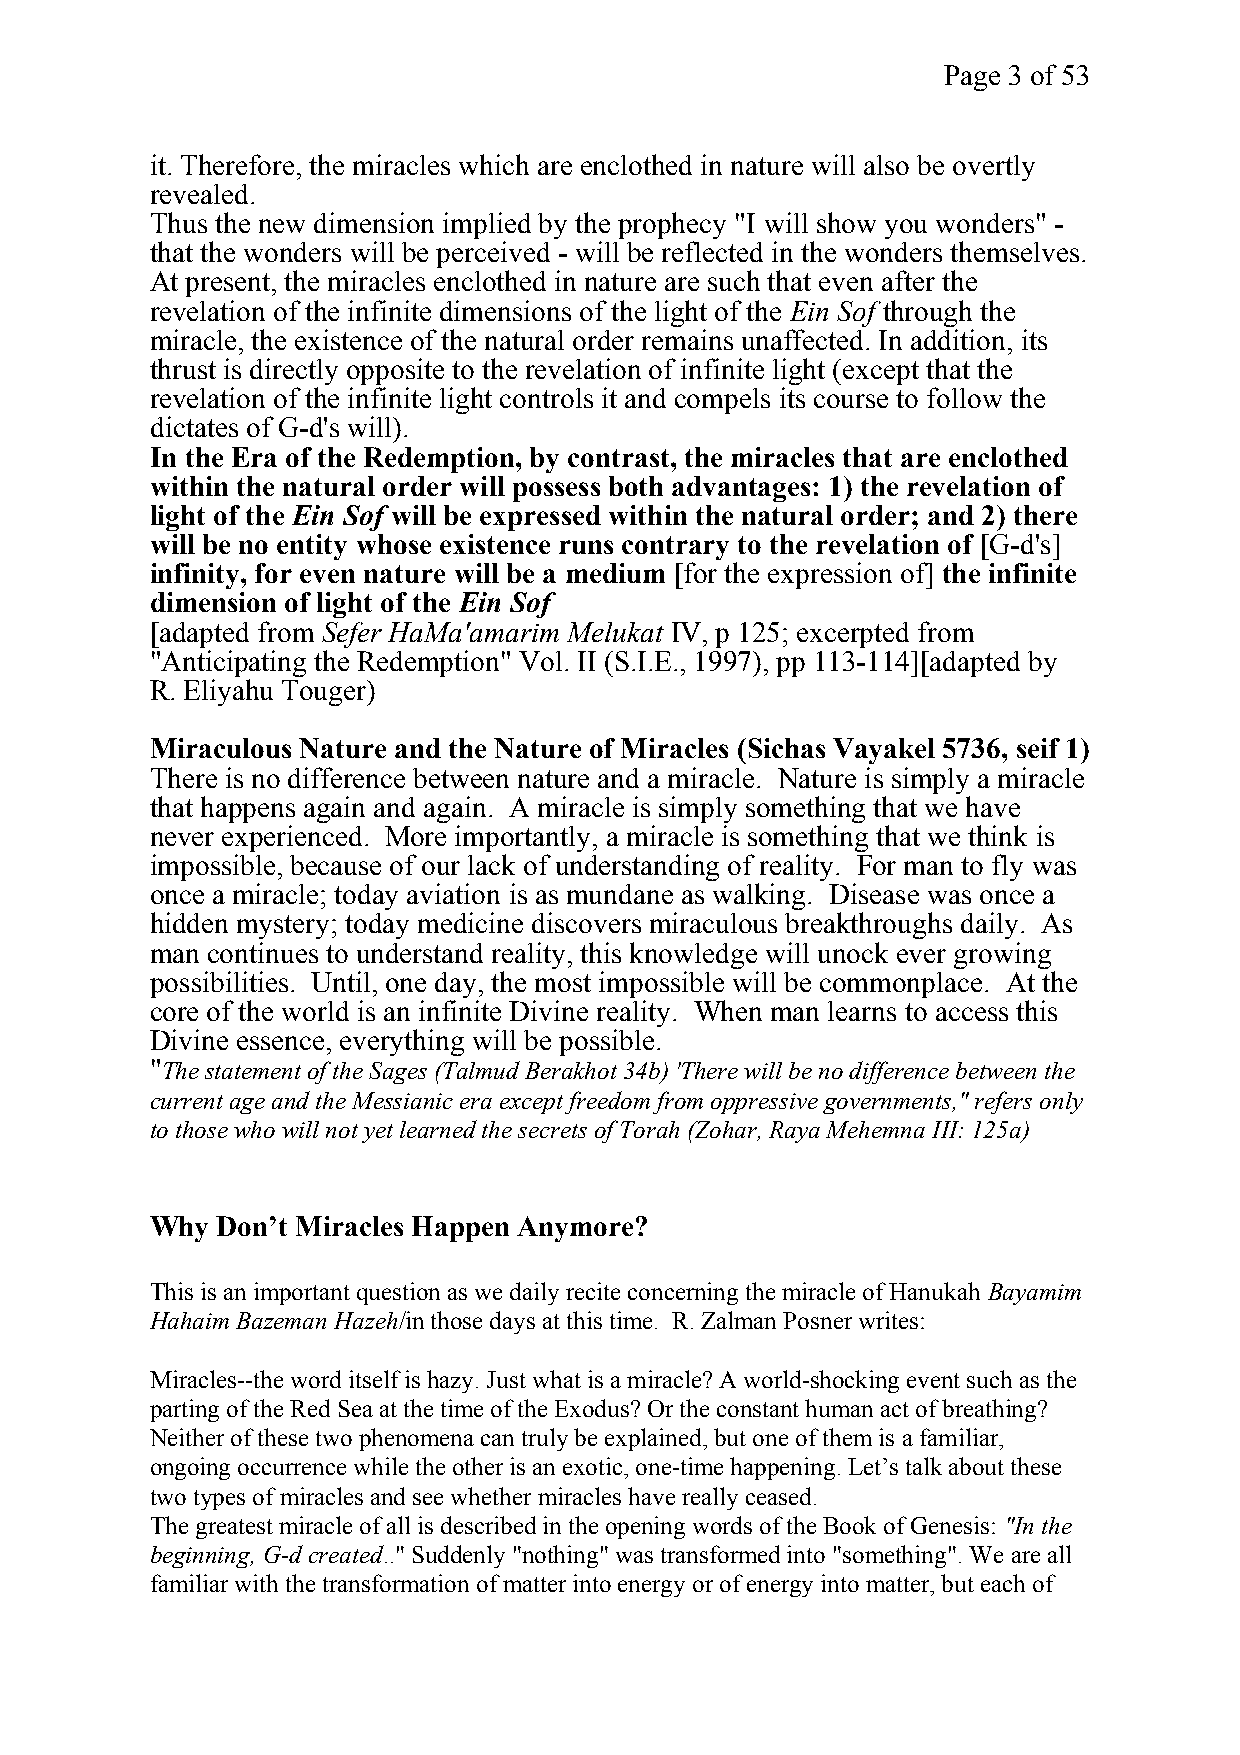
Page 3 of 53
 it. Therefore, the miracles which are enclothed in nature will also be overtly
 revealed.
 Thus the new dimension implied by the prophecy "I will show you wonders" -
 that the wonders will be perceived - will be reflected in the wonders themselves.
 At present, the miracles enclothed in nature are such that even after the
 revelation of the infinite dimensions of the light of the Ein Sof through the
 miracle, the existence of the natural order remains unaffected. In addition, its
 thrust is directly opposite to the revelation of infinite light (except that the
 revelation of the infinite light controls it and compels its course to follow the
 dictates of G-d's will).
 In the Era of the Redemption, by contrast, the miracles that are enclothed
 within the natural order will possess both advantages: 1) the revelation of
 light of the Ein Sof will be expressed within the natural order; and 2) there
 will be no entity whose existence runs contrary to the revelation of [G-d's]
 infinity, for even nature will be a medium [for the expression of] the infinite
 dimension of light of the Ein Sof
 [adapted from Sefer HaMa'amarim Melukat IV, p 125; excerpted from
 "Anticipating the Redemption" Vol. II (S.I.E., 1997), pp 113-114][adapted by
 R. Eliyahu Touger)
 Miraculous Nature and the Nature of Miracles (Sichas Vayakel 5736, seif 1)
 There is no difference between nature and a miracle. Nature is simply a miracle
 that happens again and again. A miracle is simply something that we have
 never experienced. More importantly, a miracle is something that we think is
 impossible, because of our lack of understanding of reality. For man to fly was
 once a miracle; today aviation is as mundane as walking. Disease was once a
 hidden mystery; today medicine discovers miraculous breakthroughs daily. As
 man continues to understand reality, this knowledge will unock ever growing
 possibilities. Until, one day, the most impossible will be commonplace. At the
 core of the world is an infinite Divine reality. When man learns to access this
 Divine essence, everything will be possible.
 "The statement of the Sages (Talmud Berakhot 34b) 'There will be no difference between the
 current age and the Messianic era except freedom from oppressive governments," refers only
 to those who will not yet learned the secrets of Torah (Zohar, Raya Mehemna III: 125a)
 Why Don’t Miracles Happen Anymore?
 This is an important question as we daily recite concerning the miracle of Hanukah Bayamim
 Hahaim Bazeman Hazeh/in those days at this time. R. Zalman Posner writes:
 Miracles--the word itself is hazy. Just what is a miracle? A world-shocking event such as the
 parting of the Red Sea at the time of the Exodus? Or the constant human act of breathing?
 Neither of these two phenomena can truly be explained, but one of them is a familiar,
 ongoing occurrence while the other is an exotic, one-time happening. Let’s talk about these
 two types of miracles and see whether miracles have really ceased.
 The greatest miracle of all is described in the opening words of the Book of Genesis: "In the
 beginning,G-d created.." Suddenly "nothing" was transformed into "something". We are all
 familiar with the transformation of matter into energy or of energy into matter, but each of